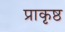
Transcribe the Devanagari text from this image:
प्राकृष्ठ